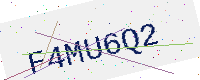
Text: F4MU6Q2